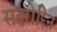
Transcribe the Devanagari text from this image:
सदरोद्दिन